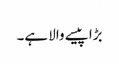
بڑا پیسے والا ہے۔